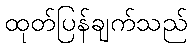
ထုတ်ပြန်ချက်သည်